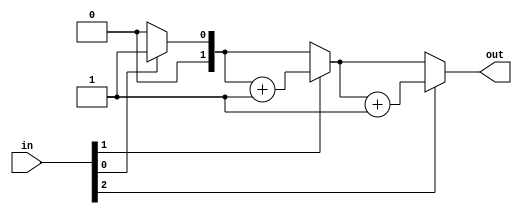
module top_module( 
    input [2:0] in,
    output reg [1:0] out
);
    integer i;
    always @* begin
        out = 2'b00;        
        for (i = 0; i < 3; i = i + 1) begin
            if (in[i]) begin
                out = out + 1;
            end
        end
    end

endmodule